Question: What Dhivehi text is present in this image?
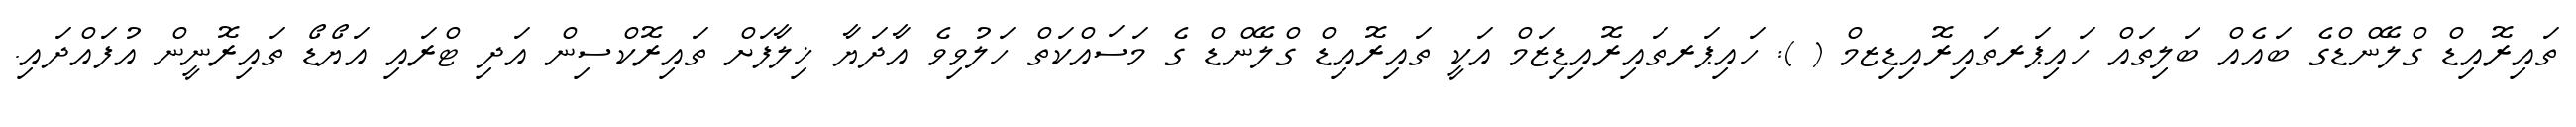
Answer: ތައިރޮއިޑް ގްލޭންޑްގެ ބައެއް ބަލިތައް ހައިޕަރތައިރޮއިޑިޒމް ( ): ހައިޕަރތައިރޮއިޑިޒަމް އަކީ ތައިރޮއިޑް ގްލޭންޑް ގެ މަސައްކަތް ހަލުވިވެ އާދަޔާ ޚިލާފަށް ތައިރޮކްސިން އަދި ޓްރައި އަޔޯޑޯ ތައިރޮނީން އުފައްދައި.